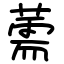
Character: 薷